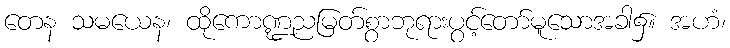
တေန သမယေန၊ ထိုကောဏ္ဍညမြတ်စွာဘုရားပွင့်တော်မူသောအခါ၌။ အဟံ၊